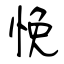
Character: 悗